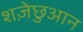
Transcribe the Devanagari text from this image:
शज़ेछुआन